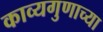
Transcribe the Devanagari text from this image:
काव्यगुणाच्या